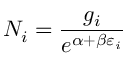
N _ { i } = { \frac { g _ { i } } { e ^ { \alpha + \beta \varepsilon _ { i } } } }